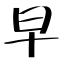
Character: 早